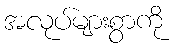
အလုပ်များစွာကို